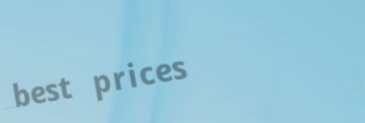
best prices